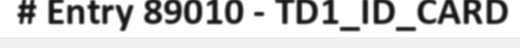
# Entry 89010 - TD1_ID_CARD